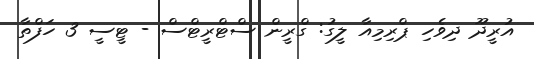
އުރީދޫ ދިވެހި ޕްރިމިއާ ލީގު: ގްރީން ސްޓްރީޓްސް - ޓީސީ 3 ހަފްތާ